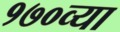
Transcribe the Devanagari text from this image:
१७०व्या